Report on vaccination for the Province of Oudh 1871 -
Year: 1871
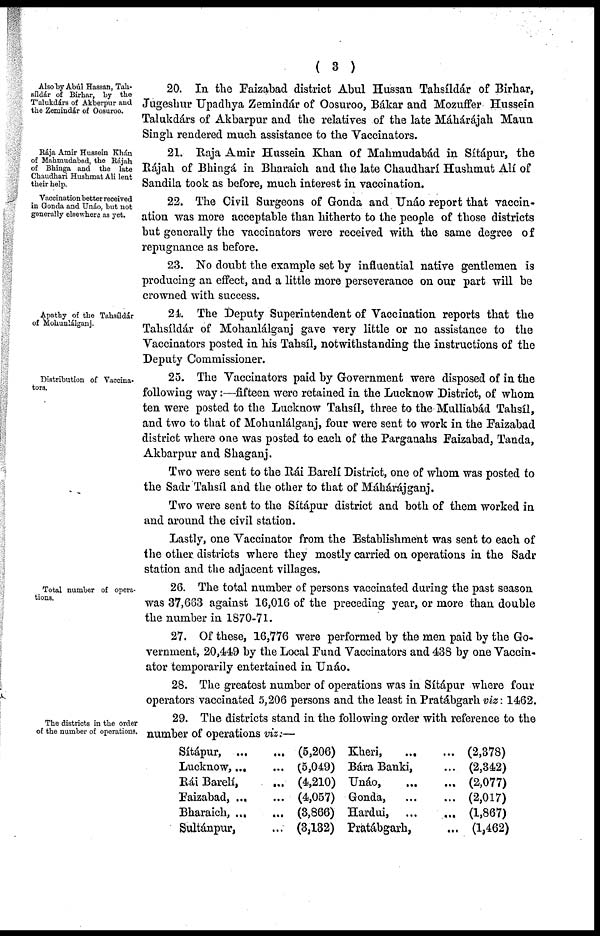
( 3 )
Also by Abúl Hassan, Tah¬
síldár of Birhar, by the
T'alukdárs of Akberpur and
the Zemindár of Oosuroo.
20. In the Faizabad district Abul Hussan Tahsíldár of Birhar,
Jugeshur Upadhya Zemindár of Oosuroo, Bákar and Mozuffer Hussein
Talukdárs of Akbarpur and the relatives of the late Máhárájah Maun
Singh rendered much assistance to the Vaccinators.
Rája Amir Hussein Khán
of Mahmudabad, the Rájah
of Bhinga and the late
Chaudhari Hushmat Ali lent
their help.
21. Raja Amir Hussein Khan of Mahmudabád in Sítápur, the
Rájah of Bhingá in Bharaich and the late Chaudharí Hushmut Alí of
Sandila took as before, much interest in vaccination.
Vaccination better received
in Gonda and Unáo, but not
generally elsewhere as yet.
22. The Civil Surgeons of Gonda and Unáo report that vaccin-
ation was more acceptable than hitherto to the people of those districts
but generally the vaccinators were received with the same degree of
repugnance as before.
23. No doubt the example set by influential native gentlemen is
producing an effect, and a little more perseverance on our part will be
crowned with success.
Apathy of the Tahsíldár
of Mohunlálganj.
24. The Deputy Superintendent of Vaccination reports that the
Tahsíldár of Mohanlálganj gave very little or no assistance to the
Vaccinators posted in his Tahsíl, notwithstanding the instructions of the
Deputy Commissioner.
Distribution of Vaccina-
tors.
25. The Vaccinators paid by Government were disposed of in the
following way:—fifteen were retained in the Lucknow District, of whom
ten were posted to the Lucknow Tahsíl, three to the Mulliabád Tahsíl,
and two to that of Mohunlálganj, four were sent to work in the Faizabad
district where one was posted to each of the Parganahs Faizabad, Tanda,
Akbarpur and Shaganj.
Two were sent to the Rái Barelí District, one of whom was posted to
the Sadr Tahsíl and the other to that of Máhárájganj.
Two were sent to the Sítápur district and both of them worked in
and around the civil station.
Lastly, one Vaccinator from the Establishment was sent to each of
the other districts where they mostly carried on operations in the Sadr
station and the adjacent villages.
Total number of opera-
tions.
26. The total number of persons vaccinated during the past season
was 37,663 against 16,016 of the preceding year, or more than double
the number in 1870-71.
27. Of these, 16,776 were performed by the men paid by the Go-
vernment, 20,449 by the Local Fund Vaccinators and 438 by one Vaccin-
ator temporarily entertained in Unáo.
28. The greatest number of operations was in Sítápur where four
operators vaccinated 5,206 persons and the least in Pratábgarh viz: 1462.
The districts in the order
of the number of operations.
29. The districts stand in the following order with reference to the
number of operations viz:—
Sítápur, ...
...
Lucknow,...
...
Rái Barelí,
... ...
Faizabad, ... ...
Bharaich, ... ...
Sultánpur, ...
(5,206)
(5,049)
(4,210)
(4,057)
(3,866)
(3,132)
Kheri,
...
...
Bára Banki, ... ...
Unáo,
...
...
Gonda, ... ...
Hardui, ...
...
Pratábgarh, ...
(2,378)
(2,342)
(2,077)
(2,017)
(1,867)
(1,462)